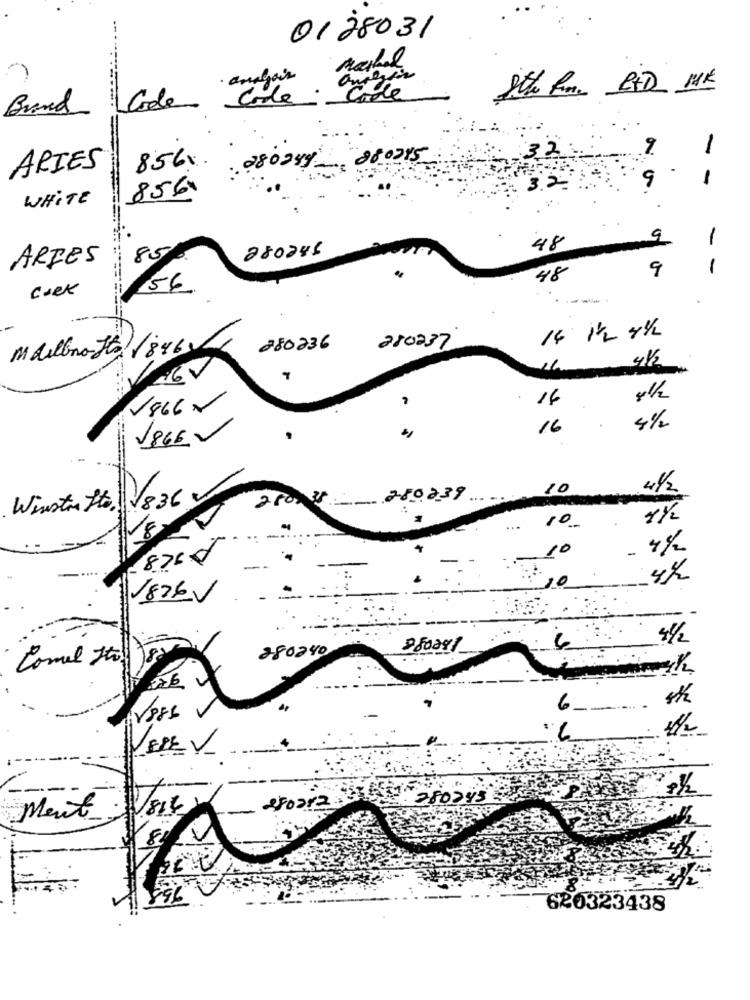
0128031
Maikel
·analais
Brand Code
Code
Code
9
1
856.
280289 880215
ARIES
1
8561
3.
9
WHITE
9
-
280246
48
ARIES
85%.
9
-
48
ciek
56.
--
280237
14 1th 41/h
Mailbro Tta/846
280236
41/2
7
16
81/2
1866-
16
1866 -
10
41/2
Winston Hte 836
280- 15: 280239
11/2
10.
10
- 4/2
876-
1876V
6
280240
Comel Ito
6_
----
+Foar2
280243
Ment
620323438